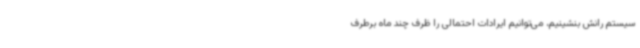
سیستم رانش بنشینیم، می‌توانیم ایرادات احتمالی را ظرف چند ماه برطرف